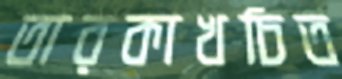
তারকাখচিত